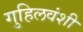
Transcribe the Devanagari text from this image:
गुहिलवंशी